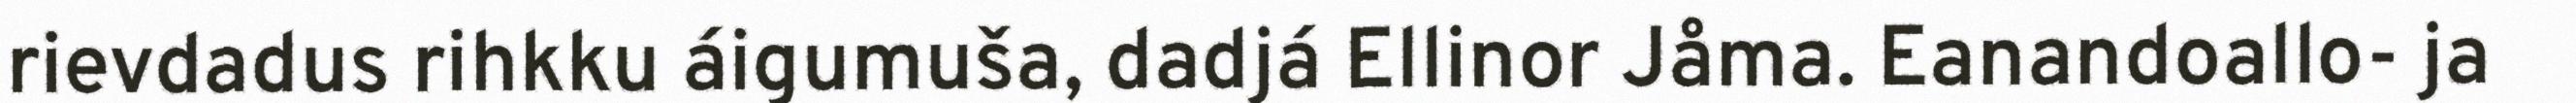
rievdadus rihkku áigumuša, dadjá Ellinor Jåma. Eanandoallo- ja